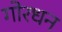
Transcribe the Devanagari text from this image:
गोरधन